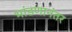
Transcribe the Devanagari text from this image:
भांडणानंतर